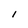
Character: l